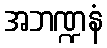
အဘဏ္ဍနံ